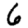
Digit: 6